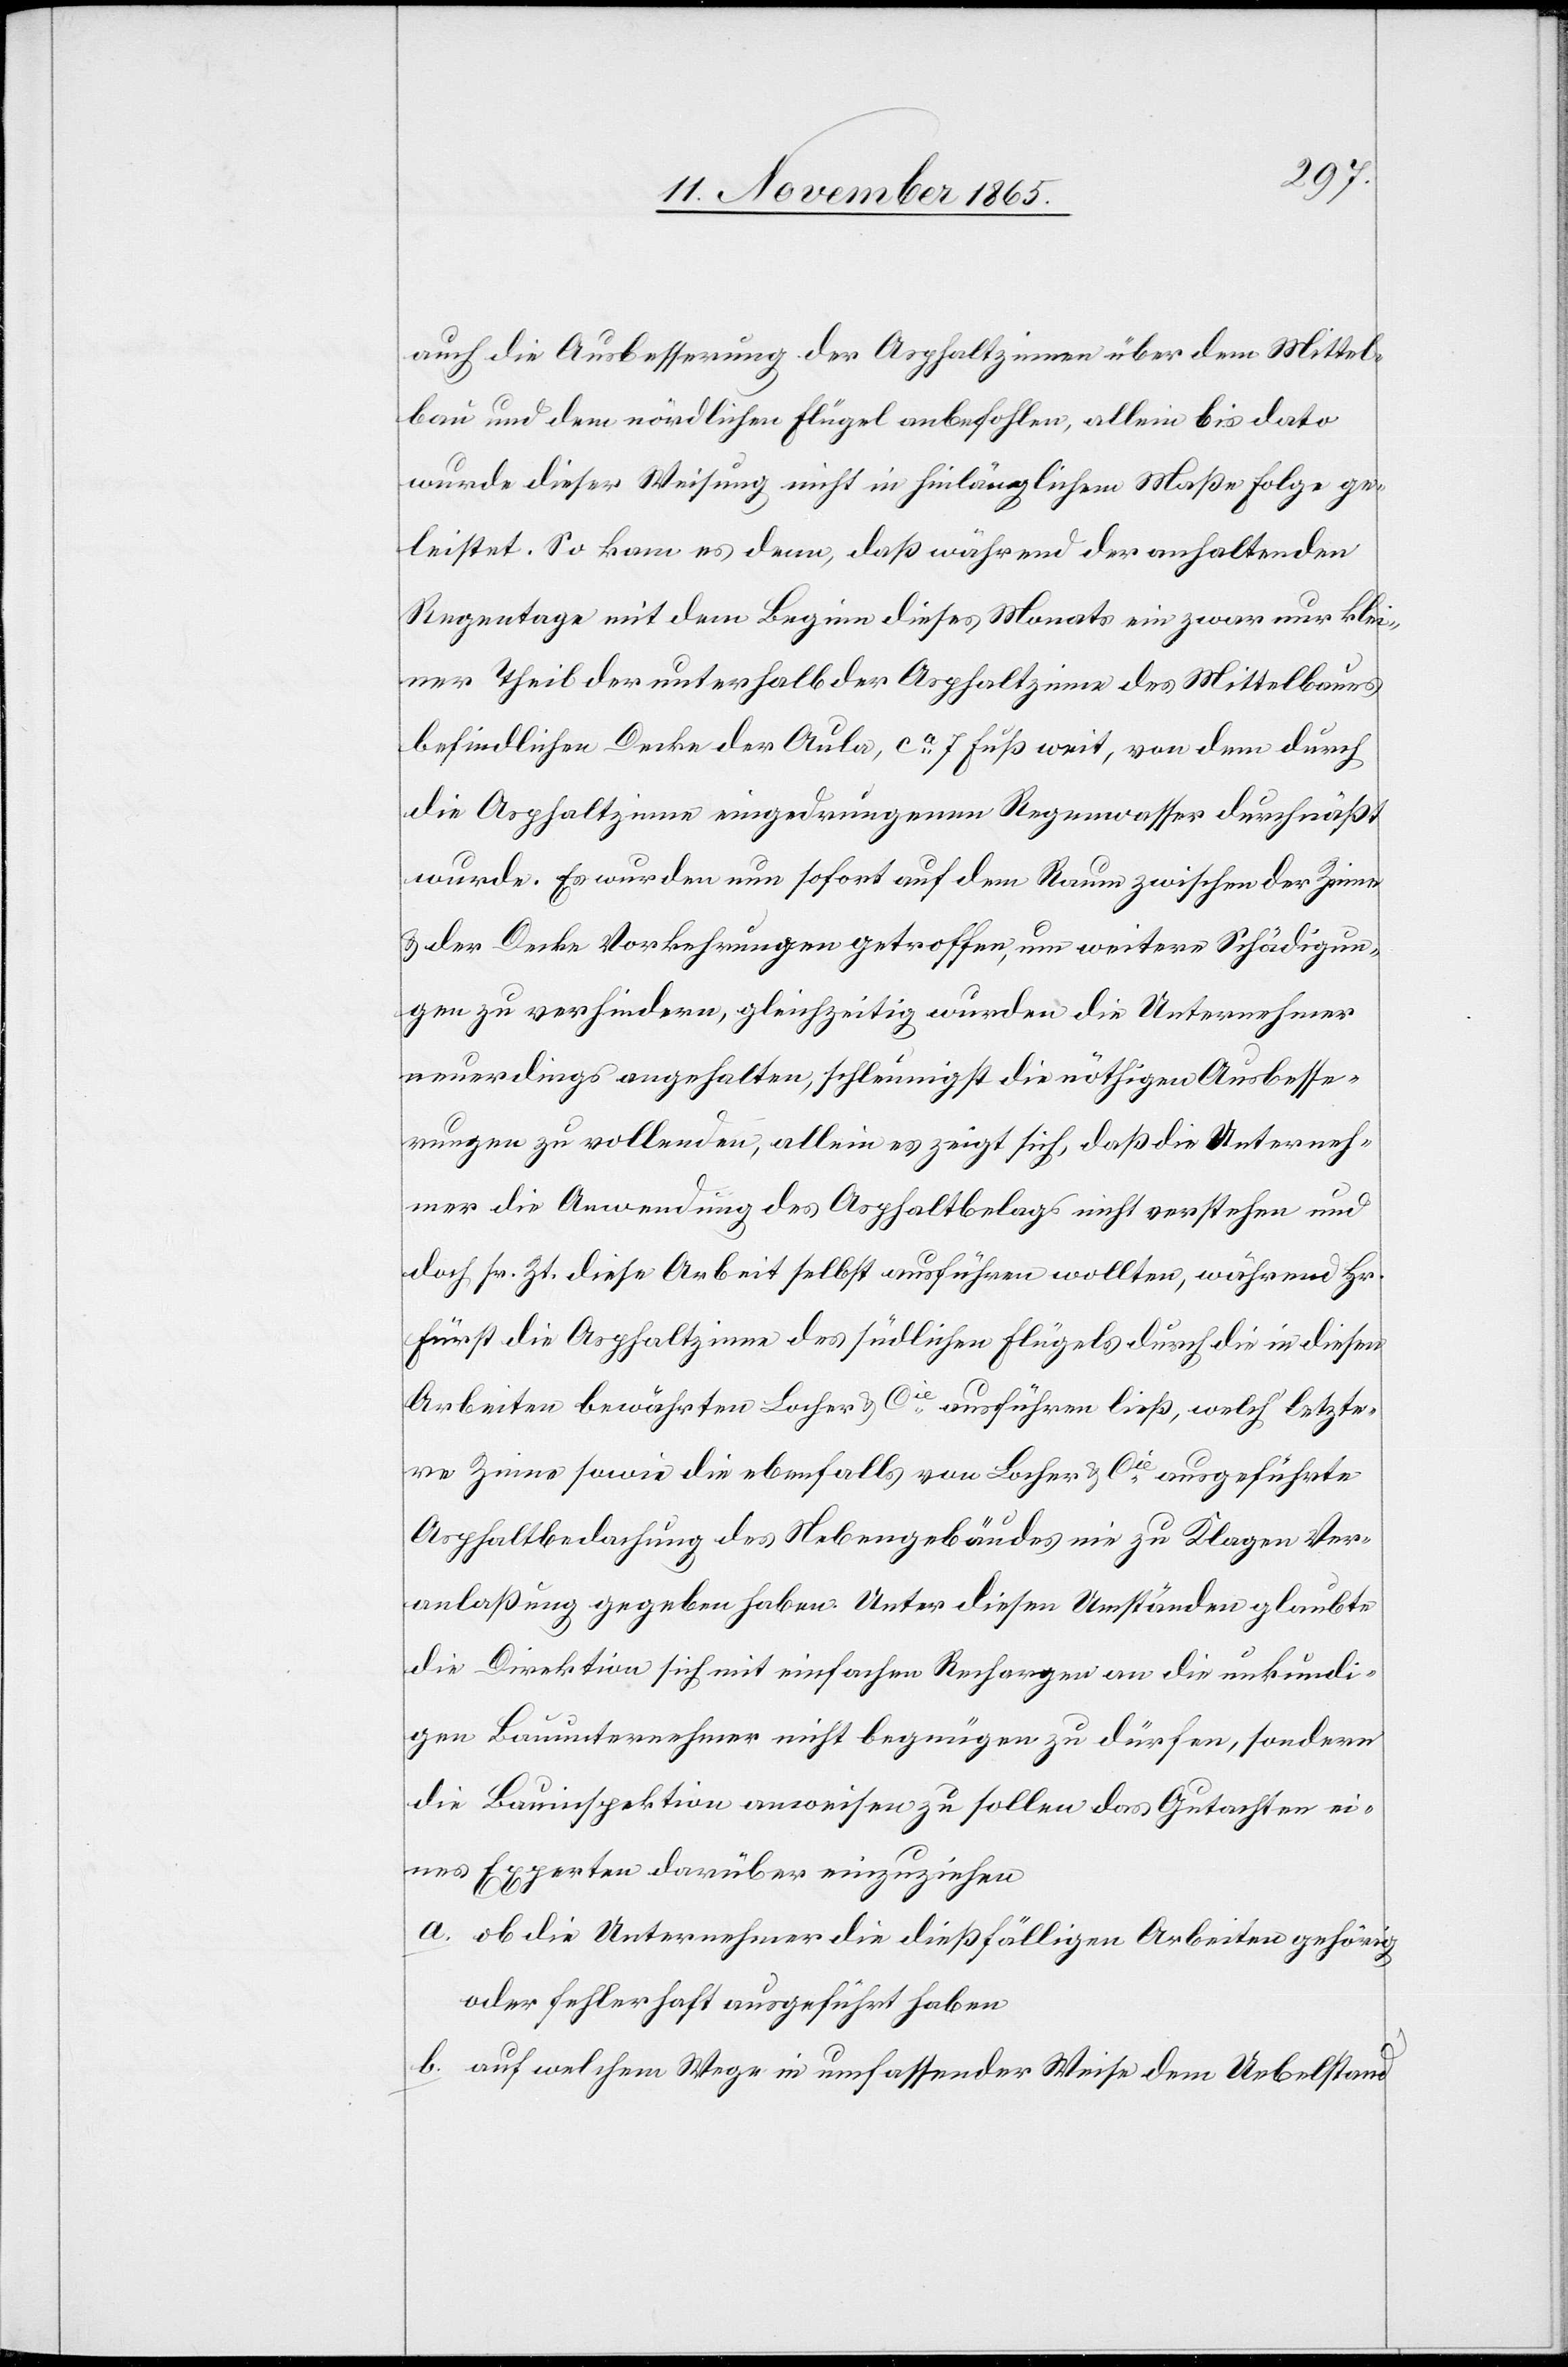
auch die Ausbesserung der Asphaltzinnen über dem Mittel¬
bau und dem nördlichen Flügel anbefohlen, allein bis dato
wurde dieser Weisung nicht in hinlänglichem Maße Folge ge¬
leistet. So kam es denn, daß während der anhaltenden
Regentage mit dem Beginn dieses Monats ein zwar nur klei¬
ner Theil der unterhalb der Asphaltzinne des Mittelbaues
befindlichen Decke der Aula, ca 7 Fuß weit, von dem durch
die Asphaltzinne eingedrungenen Regenwasser durchnäßt
wurde. Es wurden nun sofort auf dem Raum zwischen der Zinne
& der Decke Vorkehrungen getroffen, um weitere Schädigun¬
gen zu verhindern, gleichzeitig wurden die Unternehmer
neuerdings angehalten, schleunigst die nöthigen Ausbesse¬
rungen zu vollenden, allein es zeigt sich, daß die Unterneh¬
mer die Anwendung des Asphaltbelags nicht verstehen und
doch sr. Zt. diese Arbeit selbst ausführen wollten, während Hr.
Fürst die Asphaltzinne des südlichen Flügels durch die in diesen
Arbeiten bewährten Locher & Cie ausführen ließ, welch’ letzte¬
re Zinne sowie die ebenfalls von Locher & Cie ausgeführte
Asphaltbehandlung des Nebengebäudes nie zu Klagen Ver¬
anlaßung gegeben haben. Unter diesen Umständen glaubte
die Direktion sich mit einfachen Rechargen an die unkundi¬
gen Bauunternehmer nicht begnügen zu dürfen, sondern
die Bauinspektion anweisen zu sollen das Gutachten ei¬
nes Experten darüber einzuziehen
a. ob die Unternehmer die dießfälligen Arbeiten gehörig
oder fehlerhaft ausgeführt haben
b. auf welchem Wege in umfassender Weise dem Uebelstand